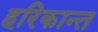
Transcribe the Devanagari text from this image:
हरिकान्त